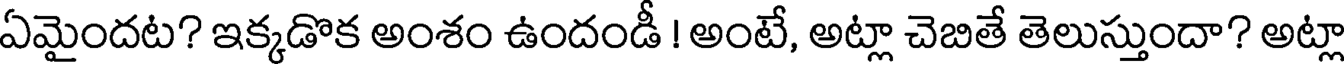
ఏమైందట? ఇక్కడొక అంశం ఉందండీ ! అంటే, అట్లా చెబితే తెలుస్తుందా? అట్లా